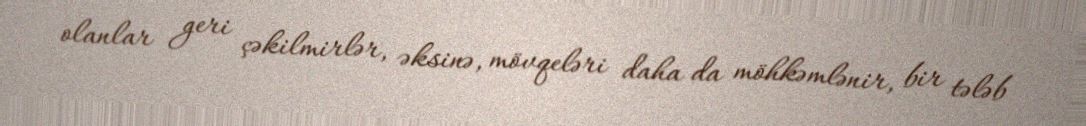
olanlar geri çəkilmirlər, əksinə, mövqeləri daha da möhkəmlənir, bir tələb